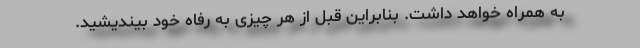
به همراه خواهد داشت. بنابراین قبل از هر چیزی به رفاه خود بیندیشید.